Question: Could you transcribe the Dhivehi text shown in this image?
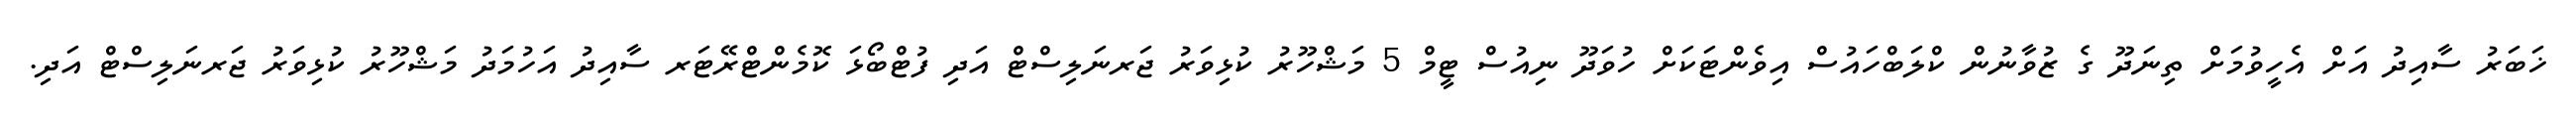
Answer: ޚަބަރު ސާއިދު އަށް އެހީވުމަށް ތިނަދޫ ގެ ޒުވާނުން ކްލަބްހައުސް އިވެންޓަކަށް ހުވަދޫ ނިއުސް ޓީމް 5 މަޝްހޫރު ކުޅިވަރު ޖަރނަލިސްޓް އަދި ފުޓްބޯޅަ ކޮމެންޓްރޭޓަރ ސާއިދު އަހުމަދު މަޝްހޫރު ކުޅިވަރު ޖަރނަލިސްޓް އަދި.